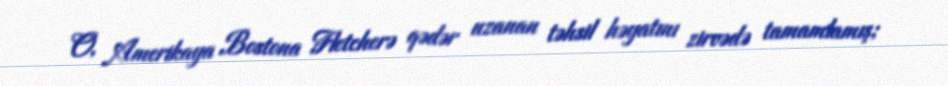
O, Amerikaya Bostona Fletcherə qədər uzanan təhsil həyatını zirvədə tamamlamış;